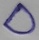
Text: D